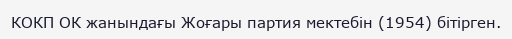
КОКП ОК жанындағы Жоғары партия мектебін (1954) бітірген.